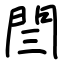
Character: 閆